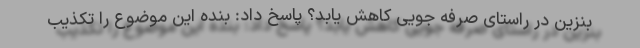
بنزین در راستای صرفه جویی کاهش یابد؟ پاسخ داد: بنده این موضوع را تکذیب